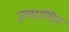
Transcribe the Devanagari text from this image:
ज़्व्यागिन